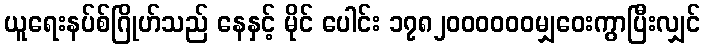
ယူရေးနပ်စ်ဂြိုဟ်သည် နေနှင့် မိုင် ပေါင်း ၁၇၈၂၀၀၀၀၀၀မျှဝေးကွာပြီးလျှင်